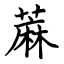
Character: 蔴